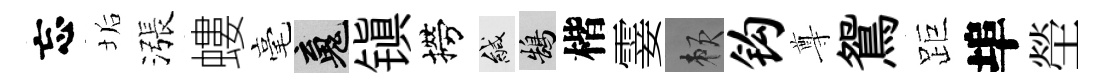
忘垢漲螻毫魂镇撈緘鵠楷霎賴钩尊鴛距埠塋